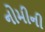
નોમીની